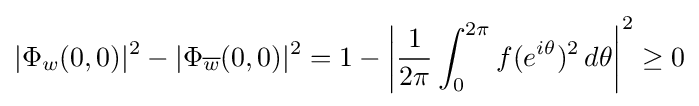
|\Phi _{w}(0,0)|^{2}-|\Phi _{\overline {w}}(0,0)|^{2}=1-\left|{1 \over 2\pi }\int _{0}^{2\pi }f(e^{i\theta })^{2}\,d\theta \right|^{2}\geq 0